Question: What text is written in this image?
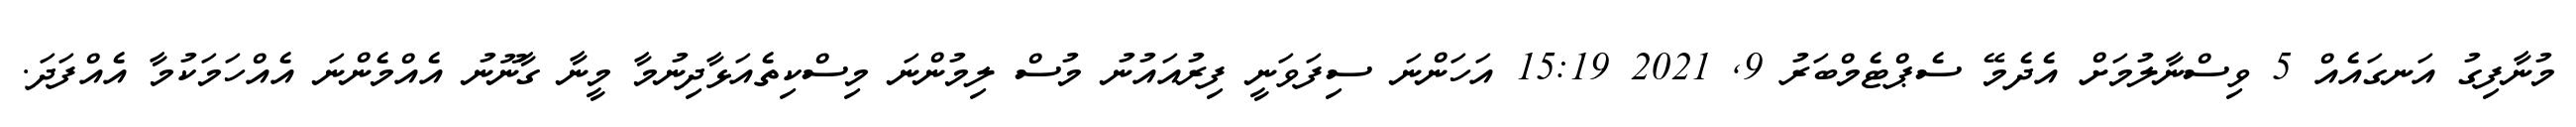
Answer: މުނާފިގު އަނގައެއް 5 ވިސްނާލުމަށް އެދެމޭ ސެޕްޓެމްބަރު 9, 2021 15:19 އަހަންނަ ސިފަވަނީ ފިރުއައުނު މުސް ލިމުންނަ މިސްކިތެއަޅާދިނުމާ މީނާ ގާނޫނު އެއްމެންނަ އެއްހަމަކުމާ އެއްފަދަ.